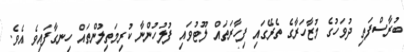
ބުރާސްފަތި ދުވަހުގެ މުޒާހަރާގެ ތެރޭގައި ފިހާރަތައް ލޫޓުވައި ފުލުހުންނާ ކުރިމަތިލުންތައް ހިނގާފައިވެ އެވެ.